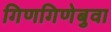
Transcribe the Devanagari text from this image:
गिणगिणेबुवा